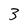
Character: 3